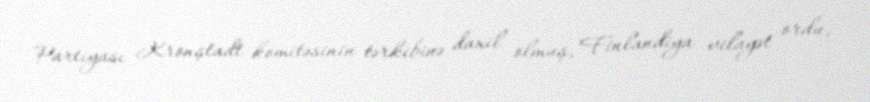
Partiyası Kronştadt komitəsinin tərkibinə daxil olmuş, Finlandiya vilayət ordu,